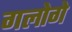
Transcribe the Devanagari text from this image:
गलोगे